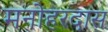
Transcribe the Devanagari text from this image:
मनोहरदास